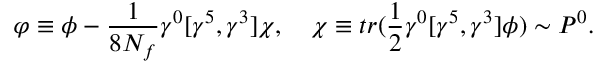
\varphi \equiv \phi - { \frac { 1 } { 8 N _ { f } } } \gamma ^ { 0 } [ \gamma ^ { 5 } , \gamma ^ { 3 } ] \chi , \quad \chi \equiv t r ( { \frac { 1 } { 2 } } \gamma ^ { 0 } [ \gamma ^ { 5 } , \gamma ^ { 3 } ] \phi ) \sim P ^ { 0 } .